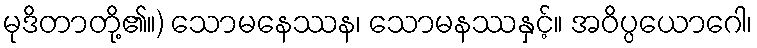
မုဒိတာတို့၏။) သောမနေဿန၊ သောမနဿနှင့်။ အဝိပ္ပယောဂေါ၊